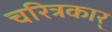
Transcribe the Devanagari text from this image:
चरित्रकार्